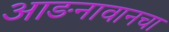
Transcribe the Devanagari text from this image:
आङनावानचा